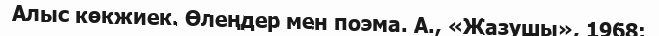
Алыс көкжиек. Өлеңдер мен поэма. А., «Жазушы», 1968;